Leaving Certificate, 1888
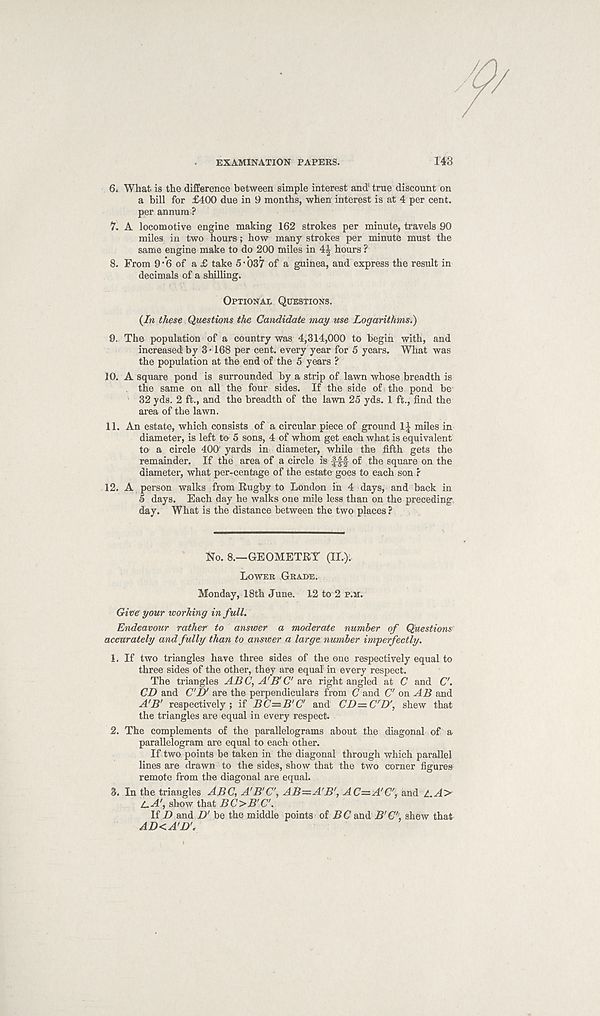
EXAMINATION PAPERS.
143
6. What is the difference between simple interest and 1
a bill for £400 due in 9 months, when interest is at 4 per cent,
per annum ?
7. A locomotive engine making 162 strokes per minute, travels 90
miles in two hours; how many strokes per minute must the
same engine make to do 200 miles in 4£ hours ?
8. From 9 •'6 of a £ take 5-037 of a guinea, and express the result in
decimals of a shilling.
OPTIONAL QUESTIONS.
(/w these Questions the Candidate may use Logarithms.)
9. The population of a country was 4,314,000 to begin with, and
increased 1 by 3*168 per cent, every year for 5 years. What was
the population at the end of the 5 years ?
10. A square pond is surrounded by a strip of lawn whose breadth is
the same on all the four sides. If the side of the pond be
32 yds. 2 ft., and the breadth of the lawn 25 yds. 1 ft., find the
area of the lawn.
11. An estate, which consists of a circular piece of ground 1J miles in
diameter, is left to- 5 sons, 4 of whom get each what is equivalent
to a circle 400' yards in diameter, while the fifth gets the
remainder. If the area of a circle is fff of the square on the
diameter, what per-centage of the estate goes to each son r
12. A person walks from Rugby to London in 4 days, and back in
5 days. Each day he walks one mile less than on the preceding
day. What is the distance between the two places ?
STo. 8.—GEOMETRY (II).
LOWER GRADE.
Monday, 18th June. 12 to 2 P.M.
Give your working in full.
Endeavour rather to answer a moderate number of Questions
accurately and fully than to answer a large number imperfectly.
1. If two triangles have three sides of the one respectively equal to
three sides of the other, they are equal in every respect.
The triangles ABC, A'BO are right angled at C and C.
CD and C'jy are the perpendiculars from C and C on A B and
A'B' respectively; if BC^B'C and CD=C'D', shew that
the triangles are equal in every respect.
2. The complements of the parallelograms about the diagonal of a
parallelogram are equal to each other.
If two points be taken in the diagonal through which parallel
lines are drawn to the sides, show that the two corner figures
remote from the diagonal are equal.
3. In the triangles ABC, A'B'C, AB=A'B r , AC—A'C', and Z.A>
Z.A', show that BC>B , C.
If D and D’ be the middle points of BC and B’C, shew that
AD<A'D'.